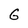
Character: G